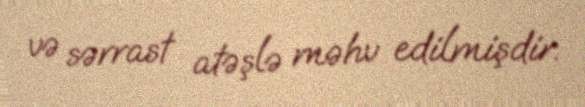
və sərrast atəşlə məhv edilmişdir.